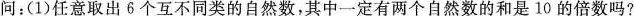
问：(1)任意取出6个互不同类的自然数，其中一定有两个自然数的和是10的倍数吗?